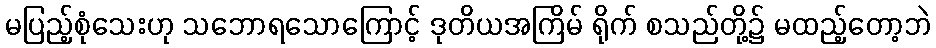
မပြည့်စုံသေးဟု သဘောရသောကြောင့် ဒုတိယအကြိမ် ရိုက် စသည်တို့၌ မထည့်တော့ဘဲ